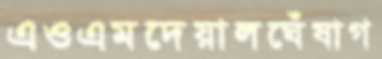
এওএমদেয়ালঘেঁষাগ